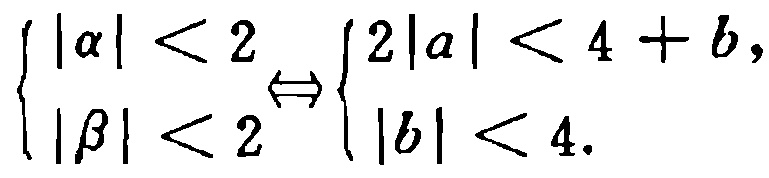
$\left\{\begin{array}{l}

|\alpha|<2 \\

|\beta|<2

\end{array} \Leftrightarrow\left\{\begin{array}{l}

2|a|<4+b, \\

|b|<4 .

\end{array}\right.\right.$